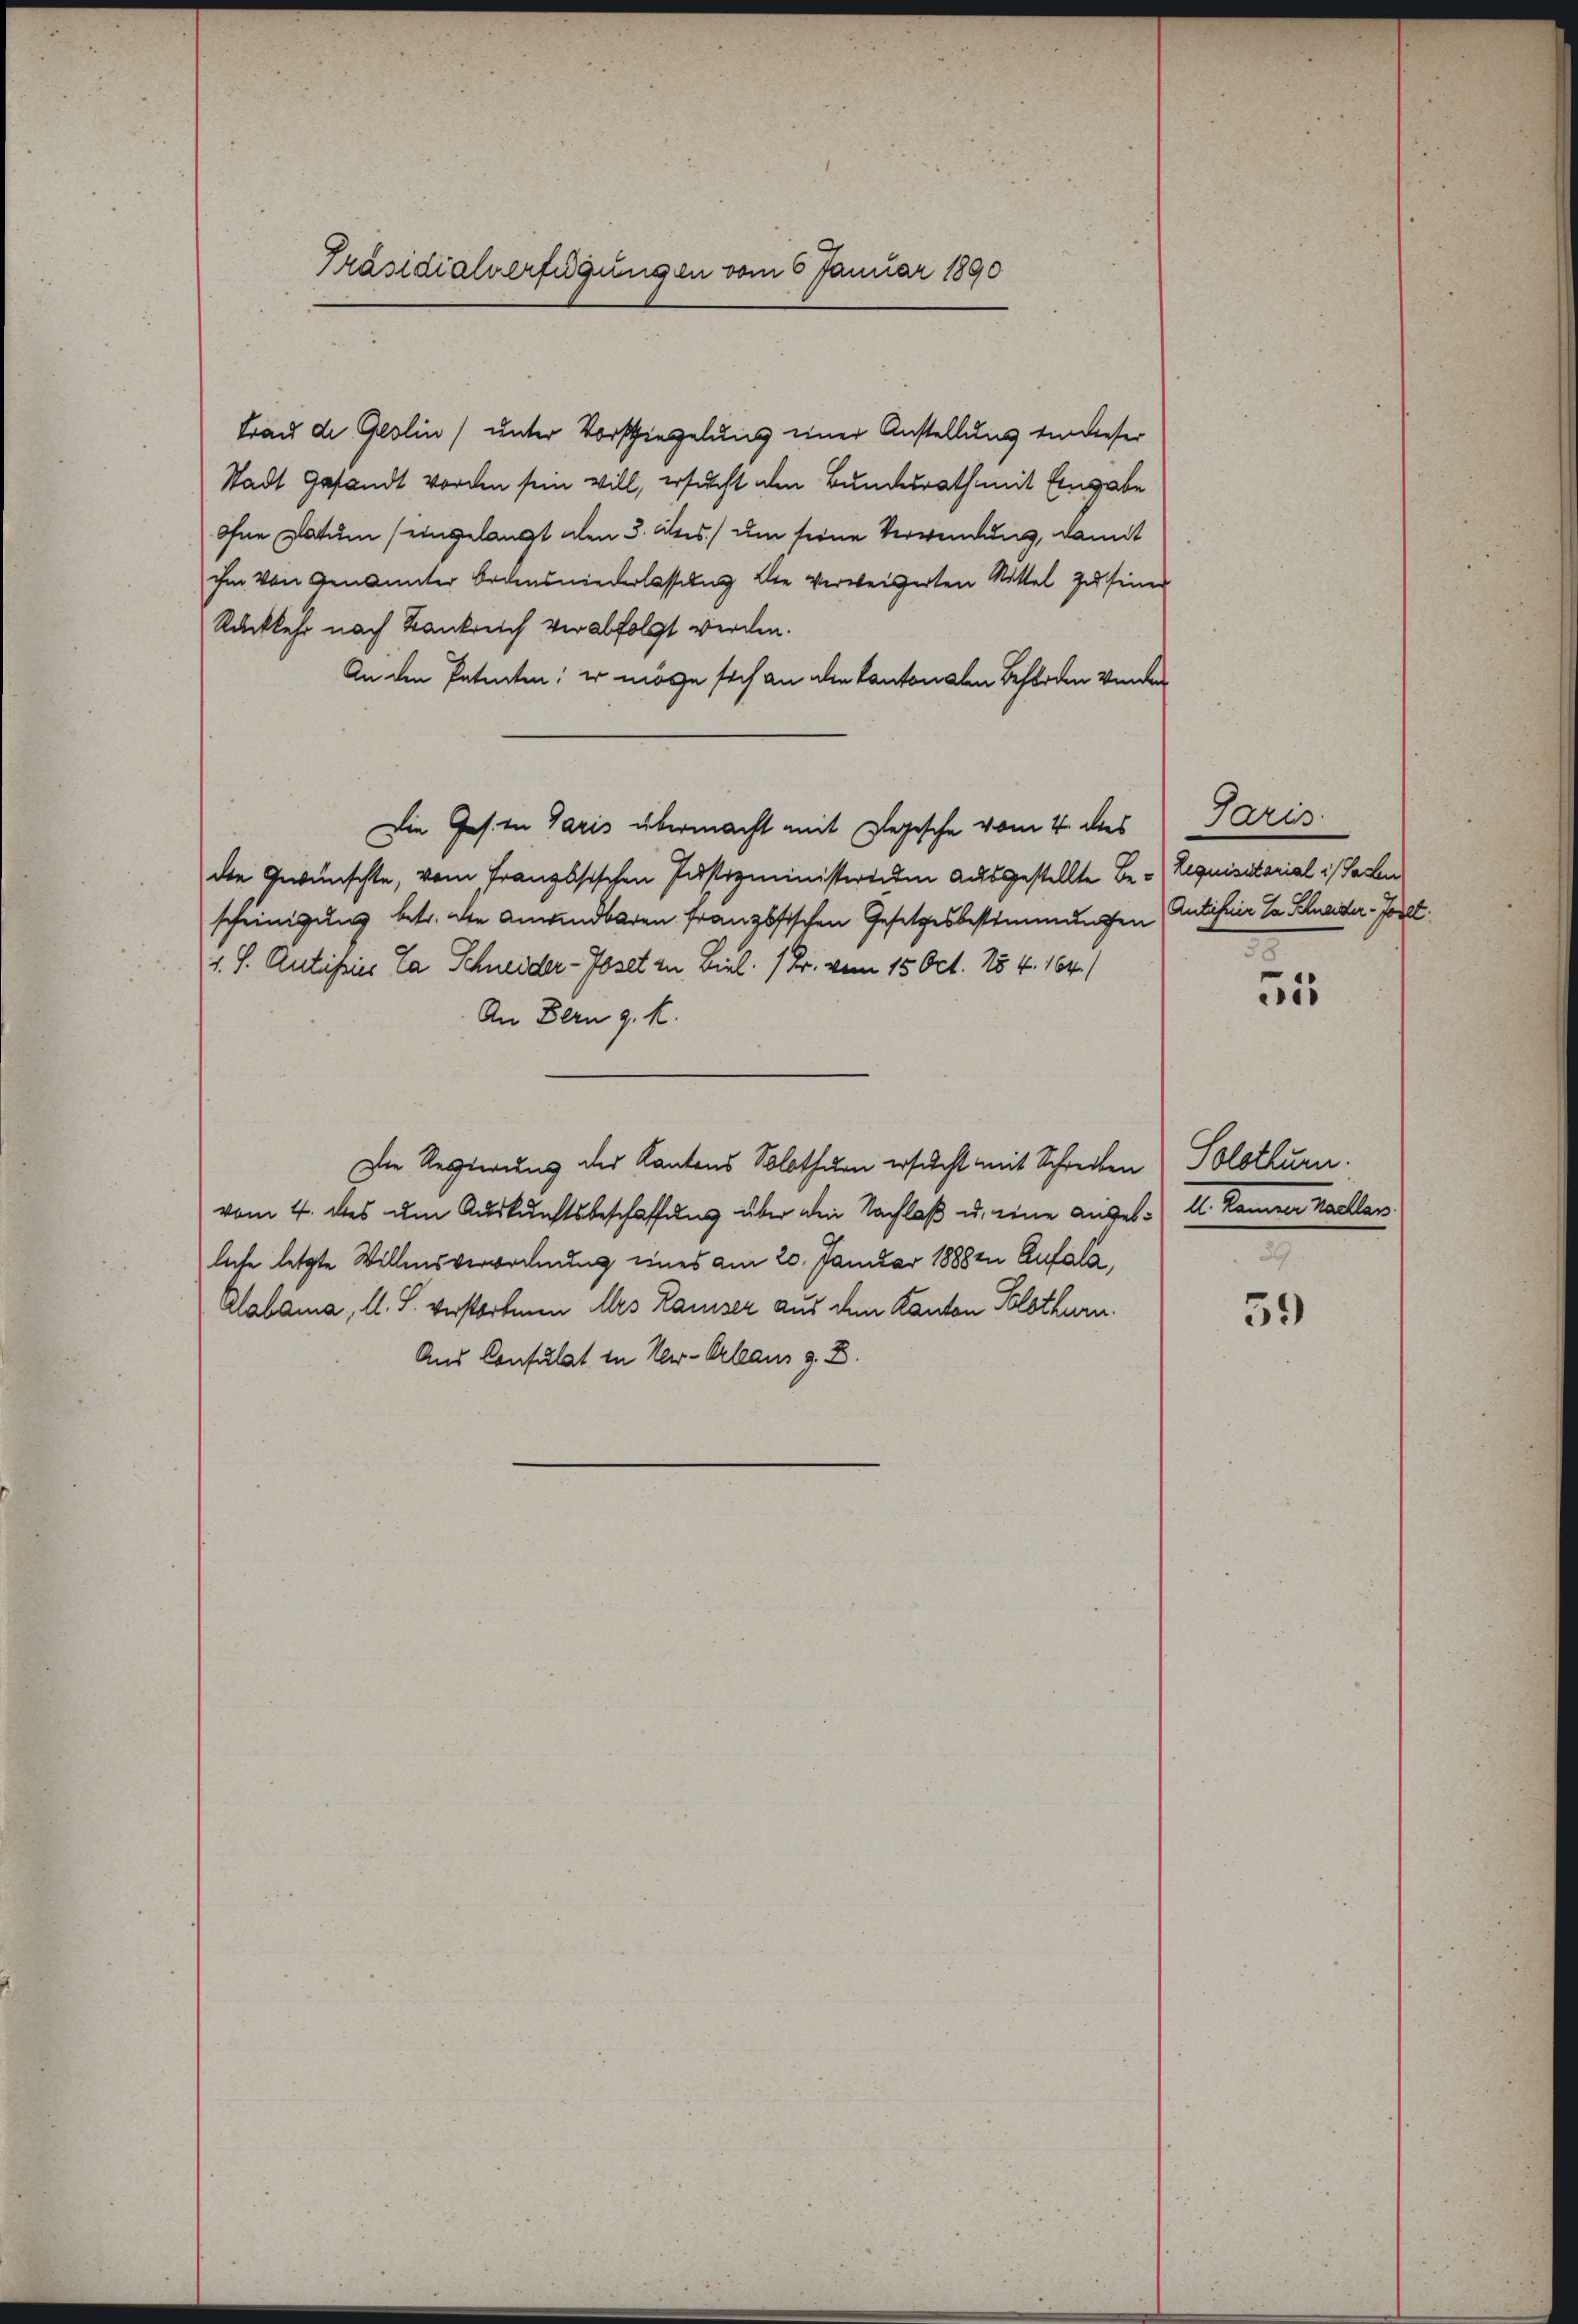
Präsidialverfügungen vom 6 Januar 1890

Frau de Geslin unter Vorschiegelung einer Anstellung ein dieser
Stadt Gesandt worden sein will, ersucht den Bundesrath mit Eingabe
Ohne Datum (eingelangt aben 3. ds. um seine Verwendung, damit
ihm von Genannter Bodensniederlassung die verweigerten Rittel zu seiner
Rückkehr nach Bankreich verabfolgt werden.
An den Patenten; er möge sich an die Kantonalen Beforden verden
Die Ges. in Paris übermacht mit Regische vom 4. des
die Gewünschte, vom Französischen Justizministerenden ausgestellte Be- Requisitarial in Sachen
scheinigung betr. die Anwendbaren französischen Gesetzesbestimmungen Antihnir da Schader- Joset
1. S. Antisses Ca Schneider-Poset zu Biel, 1 Fr. vom 15 Oct. 1 4. 164.)
An Bern g. k.
Die Regierung des Kantons Solothurn ersucht mit Schreiben Solothurn.
vom 4. des um Auskunftsbeschaffung über den Nachlaß u. eine Angel. I. Kammen kaellan
liche letzte Willensverwochnung eines am 20. Januar 18882. Aufala¬
Alabama, l. J. verstorbenen Ars Kaiser aus den Kanton Solothurn.
Aus Consulat in New-Orlean z. B.

Paris.
.

51

59